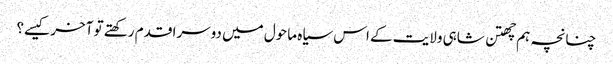
چنانچہ ہم چھتن شاہی ولایت کے اس سیاہ ماحول میں دوسرا قدم رکھتے تو آخر کیسے؟